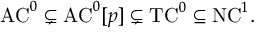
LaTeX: { \mathrm { A C } } ^ { 0 } \subsetneq { \mathrm { A C } } ^ { 0 } [ p ] \subsetneq { \mathrm { T C } } ^ { 0 } \subseteq { \mathrm { N C } } ^ { 1 } .